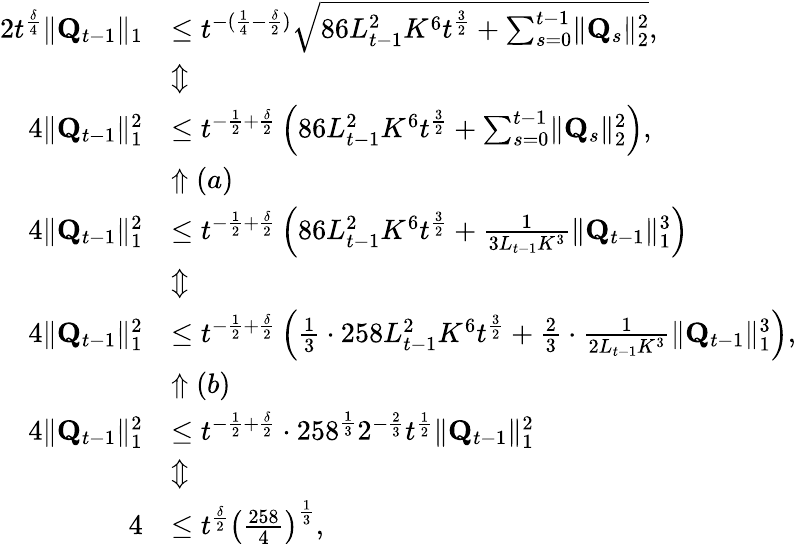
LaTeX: \begin{array}{rl}{2t^{\frac\delta 4}\lVert\mathbf Q_{t-1}\rVert_{1}}&{\le t^{-(\frac 14-\frac\delta 2)}\sqrt{86L_{t-1}^{2}K^{6}t^{\frac 32}+\sum_{s=0}^{t-1}\lVert\mathbf Q_{s}\rVert_{2}^{2}},}\\ &{\Updownarrow}\\ {4\lVert\mathbf Q_{t-1}\rVert_{1}^{2}}&{\le t^{-\frac 12+\frac\delta 2}\left(86L_{t-1}^{2}K^{6}t^{\frac 32}+\sum_{s=0}^{t-1}\lVert\mathbf Q_{s}\rVert_{2}^{2}\right),}\\ &{\Uparrow(a)}\\ {4\lVert\mathbf Q_{t-1}\rVert_{1}^{2}}&{\le t^{-\frac 12+\frac\delta 2}\left(86L_{t-1}^{2}K^{6}t^{\frac 32}+\frac 1{3L_{t-1}K^{3}}\lVert\mathbf Q_{t-1}\rVert_{1}^{3}\right)}\\ &{\Updownarrow}\\ {4\lVert\mathbf Q_{t-1}\rVert_{1}^{2}}&{\le t^{-\frac 12+\frac\delta 2}\left(\frac 13\cdot 258L_{t-1}^{2}K^{6}t^{\frac 32}+\frac 23\cdot\frac 1{2L_{t-1}K^{3}}\lVert\mathbf Q_{t-1}\rVert_{1}^{3}\right),}\\ &{\Uparrow(b)}\\ {4\lVert\mathbf Q_{t-1}\rVert_{1}^{2}}&{\le t^{-\frac 12+\frac\delta 2}\cdot 258^{\frac 13}2^{-\frac 23}t^{\frac 12}\lVert\mathbf Q_{t-1}\rVert_{1}^{2}}\\ &{\Updownarrow}\\ {4}&{\le t^{\frac\delta 2}\left(\frac{258}4\right)^{\frac 13},}\end{array}